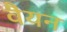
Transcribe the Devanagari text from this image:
वैयन